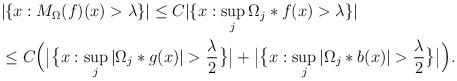
LaTeX: \begin{align*}\begin{aligned}& |\{x:M_\Omega(f)(x)>\lambda\}| \le C|\{x:\sup_j\Omega_j\ast f(x)>\lambda\}| \\&\le C\Big(\big|\big\{x:\sup_j|\Omega_j\ast g(x)|>\frac\lambda2\big\}\big| + \big|\big\{x:\sup_j|\Omega_j\ast b(x)|>\frac\lambda2\big\}\big|\Big).\end{aligned}\end{align*}